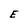
Character: E